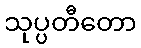
သုပ္ပတီတော